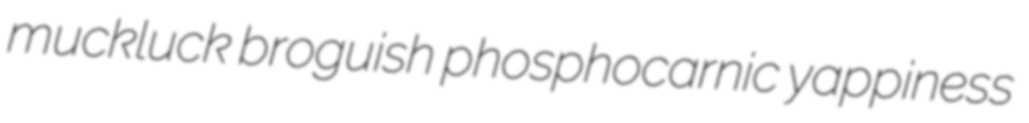
muckluck broguish phosphocarnic yappiness